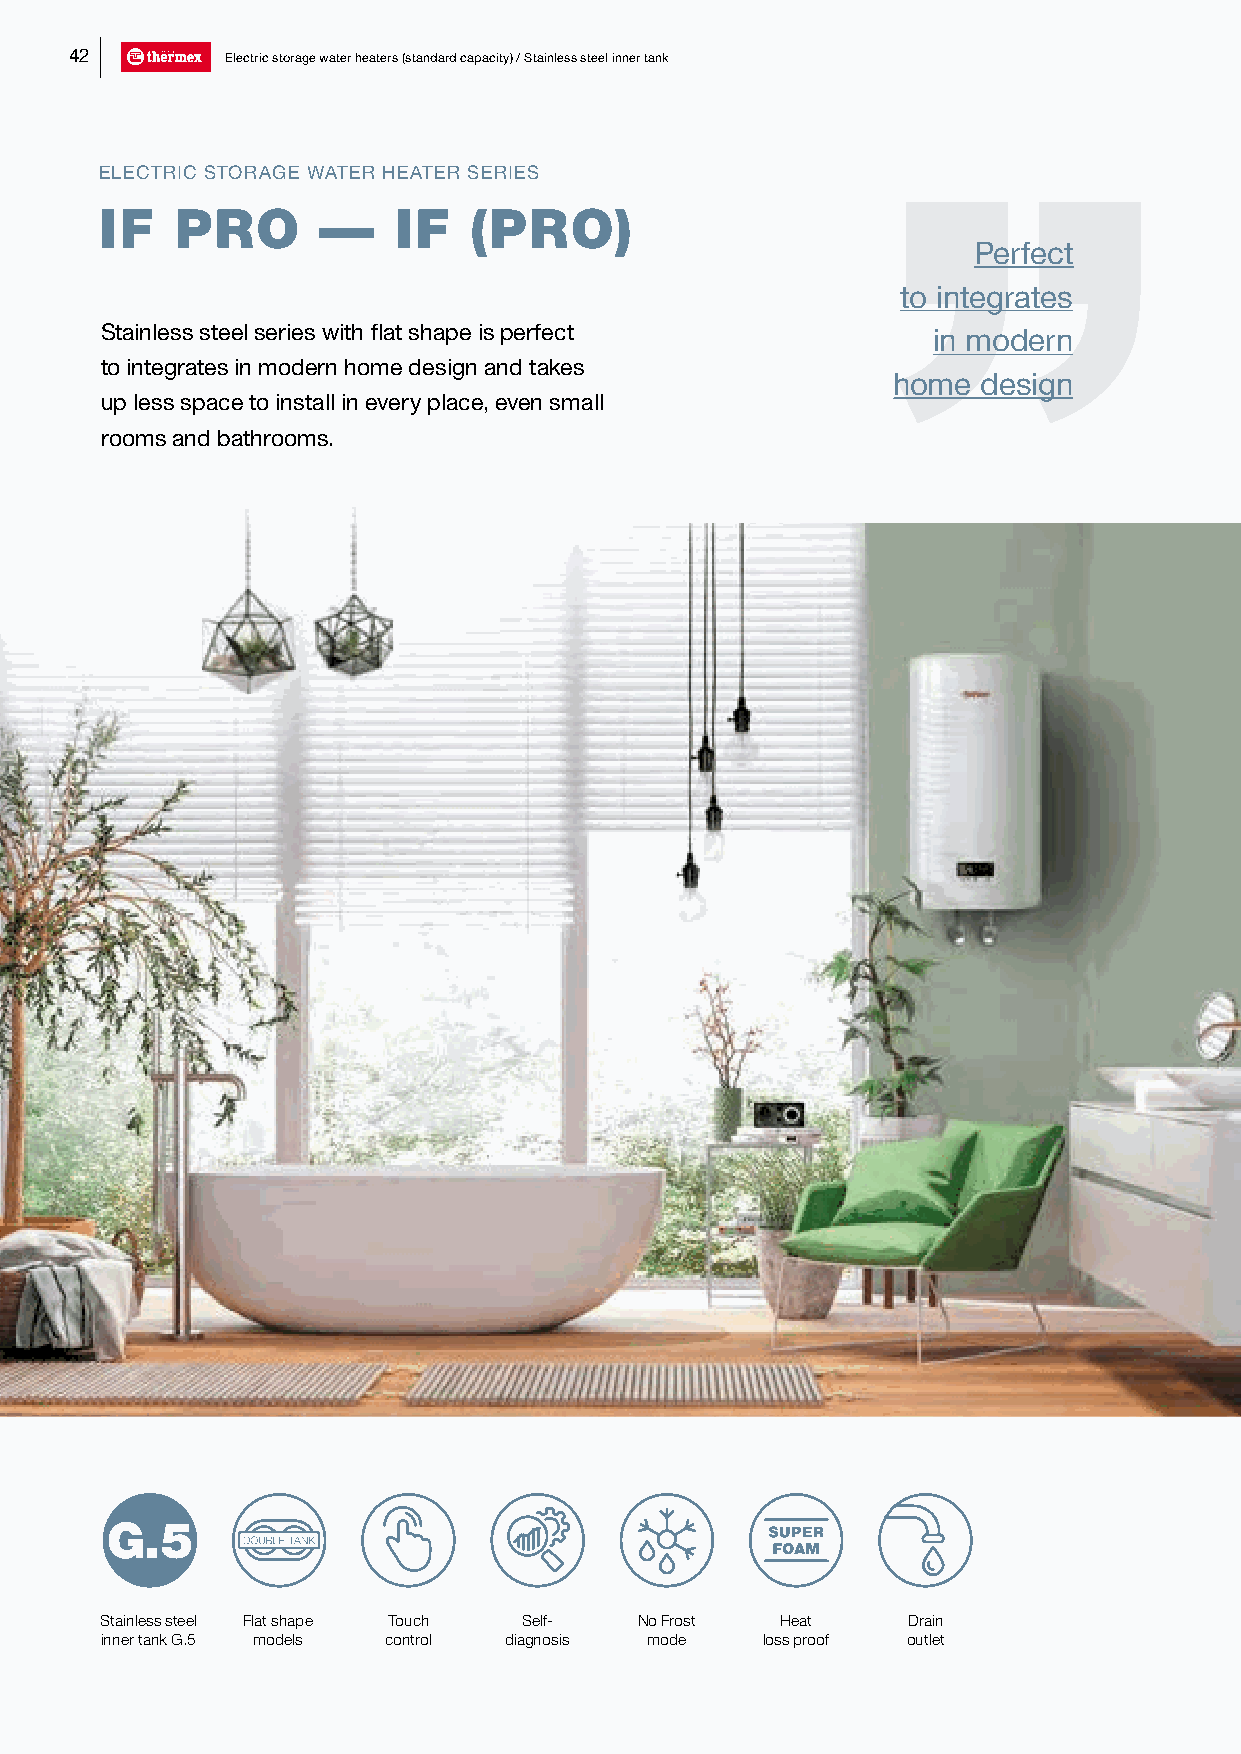
42        Electric storage water heaters (standard capacity) / Stainless steel inner tank
 ELECTRIC STORAGE WATER HEATER SERIES
 IF   PRO      —    IF   (PRO)
 Perfect
 to integrates
 Stainless steel series with flat shape is perfect      in modern
 to integrates in modern home design and takes
 home  design
 up less space to install in every place, even small
 rooms and bathrooms.
 Stainless steel Flat shape Touch Self- No Frost Heat Drain
 inner tank G.5 models control diagnosis mode loss proof outlet